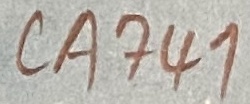
Text: CA741